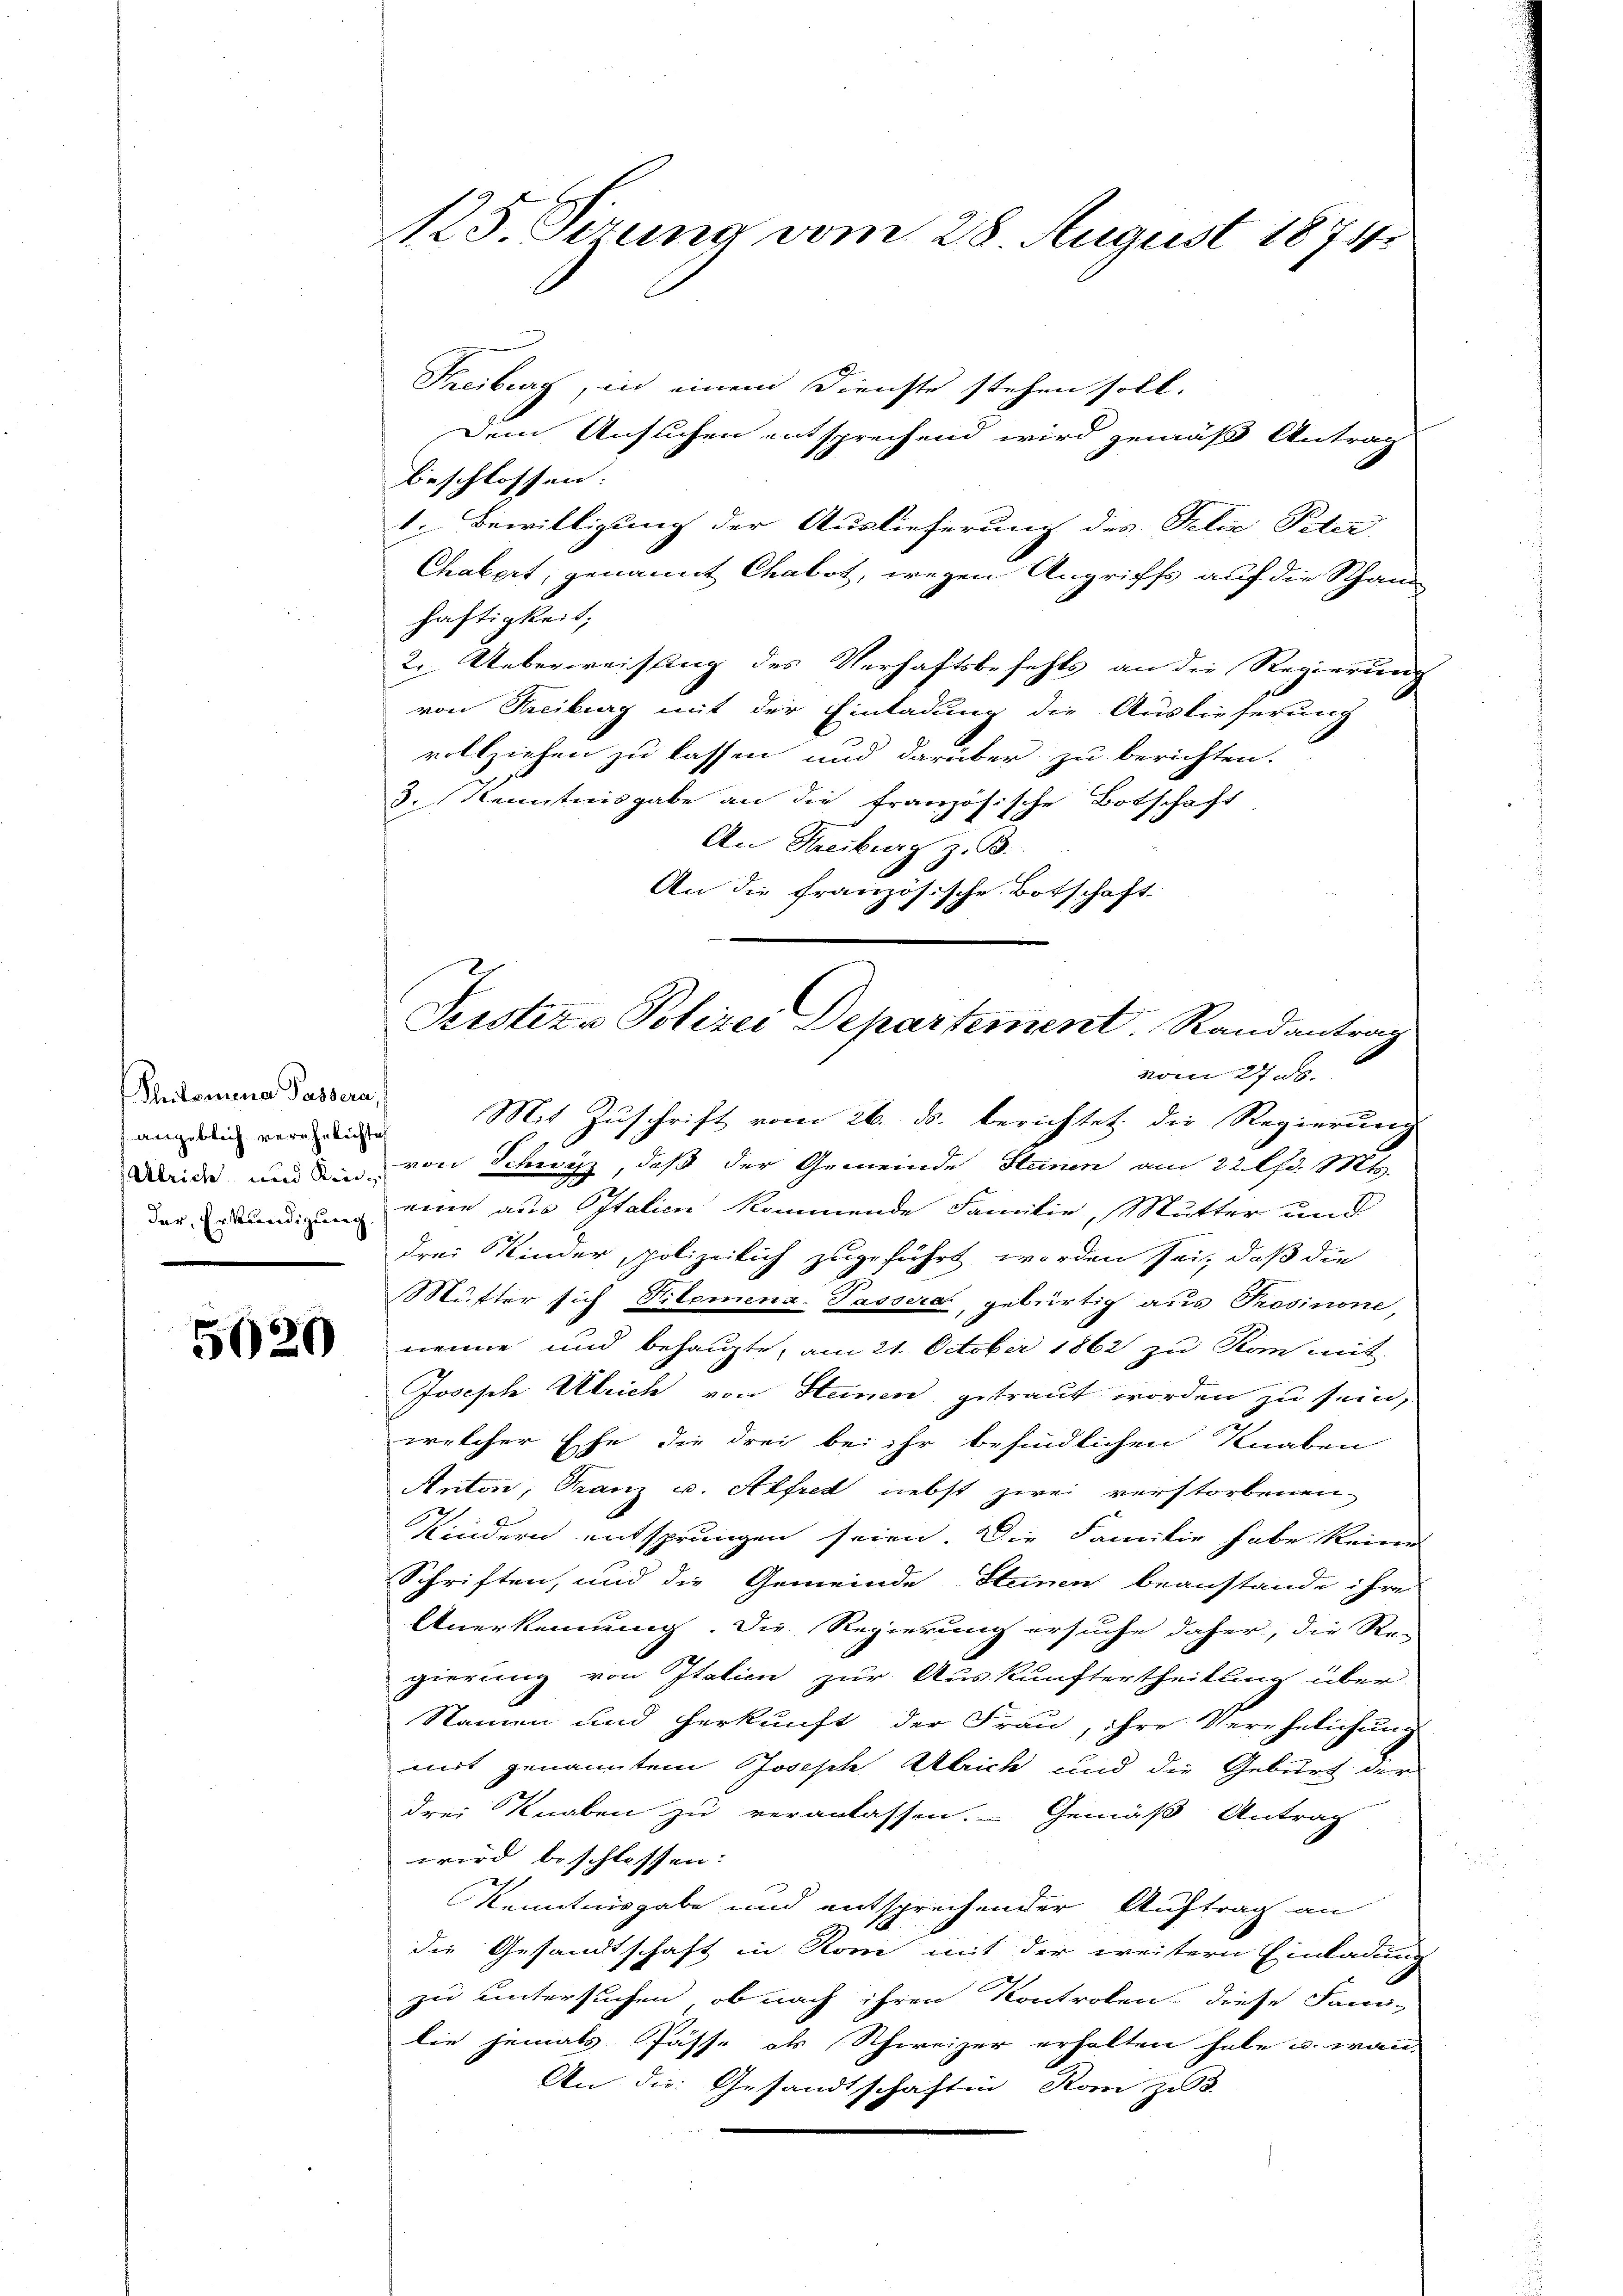
Thuitamene Passera,
angeblich verehelichte

5020

125. Serung vom 28 August 1874.

Freiburg, in einem Dienste stehen soll.
Dem Ansuchen entsprechend wird gemäß Antrag
beschlossen: |
1. Bewilligung der Auslieferung des Gelie Peter
Chabert, genannt Chabot, wegen Angriffs auf die Schand
häftigkeit.
2. Ueberweisung des Verhaftsbefehls an die Regierung
von Freiburg mit der Einladung die Auslieferung
vollziehen zu lassen und darüber zu berichten.
3. Kenntnisgabe an die französische Botschaft
An Freiburg z. B.
An die französische Botschaft

Pristern Polizei Departement. Randantrag

vom 27. ds.
Mit Zuschrift vom 26. ds. berichtet die Regierung
Weide und den von Schwyz, daß der Gemeinde Steinen am 22. d. Mts.
das erkundigung eine aus Italien kommende Familie, Mutter und
drei Kinder polizeilich zugeführt worden sei, daß die
Mutter sich Titemena-Passera, gebürtig aus Prosinone,
nenne und behaupte, am 21. October 1862 zu Kan mit
Joseph Ulrich von Heinen getraut worden zu sein,
welcher Ehe die drei bei ihr befindlichen Knaben
Anton, Franz u. Alfred nebst zwei verstorbenen
Kindern entsprungen seien. Die Familie habe keine
Schriften, und die Gemeinde Steinen beanstande ihre
Anerkennung. Die Regierung ersuche daher, die Re-
gierung von Italien zur Auskunftertheilung über
Namen und Herkunft der Frau, ihre Verehelichung
mit genannten Joseph Ulrich und die Geburt der
drei Knaben zu veranlassen. Gemäß Antrag
wird beschlossen:
Kenntnisgabe und entsprechender Auftrag an
die Gesandtschaft in Rom mit der weitern Einladung
zu untersuchen, ob nach ihren Kontrolen. Diese Sanilie jemals Pässe als Schweizer erholten habe u. wan-
An die Gesandtschaftin Rom zu 3.